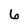
Character: 6